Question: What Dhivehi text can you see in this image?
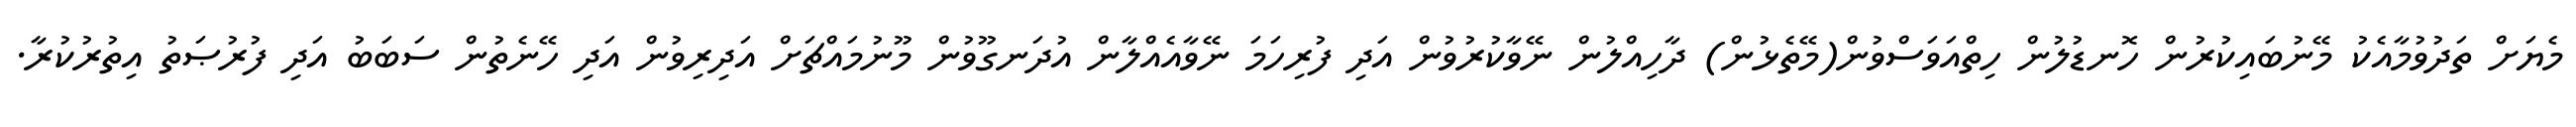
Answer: މެޔަށް ތަދުވުމާއެކު މޭނުބައިކުރުން ހޮނޑުލުން ހިތްއަވަސްވުން(މޭތެޅުން) ދާހިއްލުން ނޭވާކުރުވުން އަދި ފުރިހަމަ ނޭވާއެއްލާން އުދަނގޫވުން މޫނުމައްޗަށް އަދިރިވުން އަދި ހޭނެތުން ސަބަބު އަދި ފުރުޞަތު އިތުރުކުރާ.